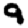
Digit: 9